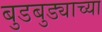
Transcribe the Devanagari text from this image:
बुडबुड्याच्या